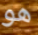
هو